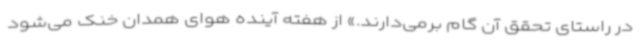
در راستای تحقق آن گام برمی‌دارند.» از هفته آینده هوای همدان خنک می‌شود